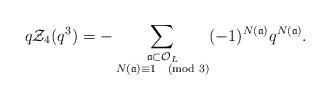
LaTeX: \begin{align*} q\mathcal{Z}_4(q^3) = -\sum_{\substack{\frak{a} \subset \mathcal{O}_{L} \\ N(\frak{a}) \equiv 1 \pmod{3}}} (-1)^{N(\frak{a})} q^{N(\frak{a})}.\end{align*}